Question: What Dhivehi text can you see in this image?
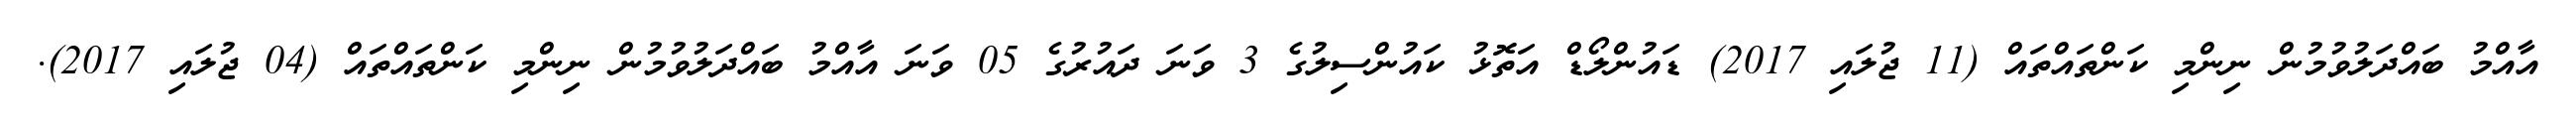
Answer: އާއްމު ބައްދަލުވުމުން ނިންމި ކަންތައްތައް (11 ޖުލައި 2017) ޑައުންލޯޑް އަތޮޅު ކައުންސިލުގެ 3 ވަނަ ދައުރުގެ 05 ވަނަ އާއްމު ބައްދަލުވުމުން ނިންމި ކަންތައްތައް (04 ޖުލައި 2017).